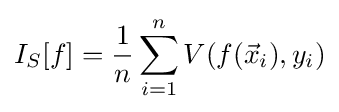
I_{S}[f]={\frac {1}{n}}\sum _{i=1}^{n}V(f({\vec {x}}_{i}),y_{i})